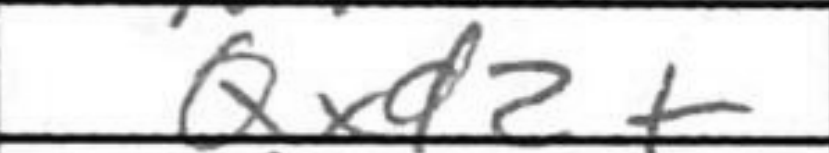
Transcription: Qxd2+